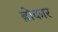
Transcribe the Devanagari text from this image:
ब्रोकार